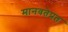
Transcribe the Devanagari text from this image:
मानवतेप्रत